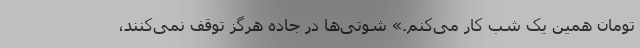
تومان همین یک شب کار می‌کنم.» شوتی‌ها در جاده هرگز توقف نمی‌کنند،